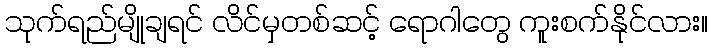
သုက်ရည်မျိုချရင် လိင်မှတစ်ဆင့် ရောဂါတွေ ကူးစက်နိုင်လား။